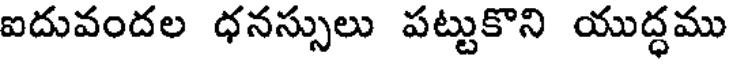
ఐదువందల ధనస్సులు పట్టుకొని యుద్ధము